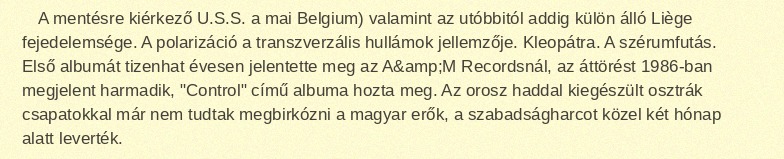
A mentésre kiérkező U.S.S. a mai Belgium) valamint az utóbbitól addig külön álló Liège fejedelemsége. A polarizáció a transzverzális hullámok jellemzője. Kleopátra. A szérumfutás. Első albumát tizenhat évesen jelentette meg az A&amp;M Recordsnál, az áttörést 1986-ban megjelent harmadik, "Control" című albuma hozta meg. Az orosz haddal kiegészült osztrák csapatokkal már nem tudtak megbirkózni a magyar erők, a szabadságharcot közel két hónap alatt leverték.